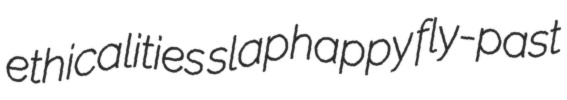
ethicalities slaphappy fly-past